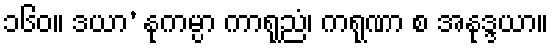
၁၆၀။ ဒယာ’ နုကမ္ပာ ကာရုညံ၊ ကရုဏာ စ အနုဒ္ဒယာ။